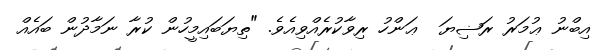
އިބްނު ޢުމަރު ރަޟިޔަ  ޢަންހު ރިވާކުރެއްވިއެވެ. "ތިޔަބައިމީހުން ކުރާ ނަމާދުން ބައެއް